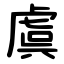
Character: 虞